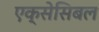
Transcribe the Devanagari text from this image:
एक्सेसिबल